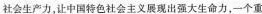
社会生产力，让中国特色社会主义展现出强大生命力，一个重